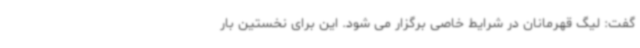
گفت: لیگ قهرمانان در شرایط خاصی برگزار می شود. این برای نخستین بار